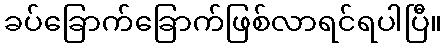
ခပ်ခြောက်ခြောက်ဖြစ်လာရင်ရပါပြီ။